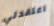
اعتقدتي